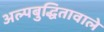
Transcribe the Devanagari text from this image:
अल्पबुद्धितावाले